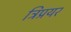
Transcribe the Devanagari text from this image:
त्रिप्रयर